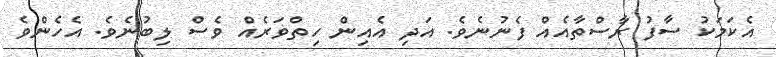
އެކަމަކު ސާފު ރާސްތާއެއް ފެނުނެވެ. އަދި އެއިން ހިތްވަރެއް ވެސް ލިބުނެވެ. އެހެންވެ